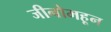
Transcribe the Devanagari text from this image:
जीनोमहून